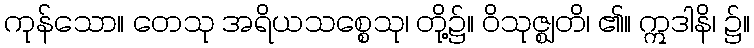
ကုန်သော။ တေသု အရိယသစ္စေသု၊ တို့၌။ ဝိသုဇ္ဈတိ၊ ၏။ ဣဒါနိ၊ ၌။